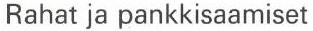
Rahat ja pankkisaamiset